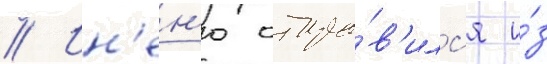
// Ин'ен'ю отпра́в'илс'я и́з